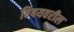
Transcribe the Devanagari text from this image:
विषयवरील